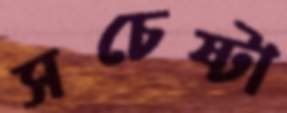
সচেষ্টা